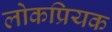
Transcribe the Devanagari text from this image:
लोकप्रियक